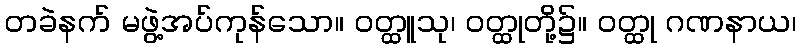
တခဲနက် မဖွဲ့အပ်ကုန်သော။ ဝတ္ထူသု၊ ဝတ္ထုတို့၌။ ဝတ္ထု ဂဏနာယ၊